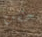
حقن